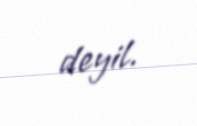
deyil.